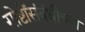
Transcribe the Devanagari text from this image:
गोष्टींसंबंधीच्या